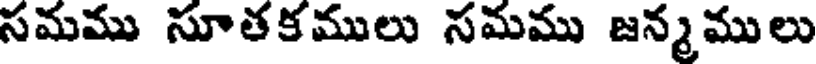
సమము సూతకములు సమము జన్మములు